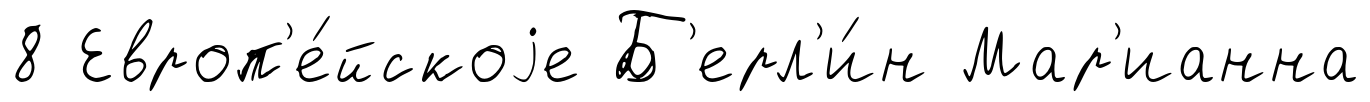
8 Европ'е́йскоjе Б'ерл'и́н Мар'ианна